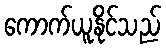
ကောက်ယူနိုင်သည်